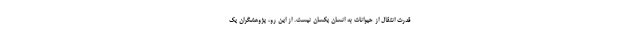
قدرت انتقال از حیوانات به انسان یکسان نیست. از این رو، پژوهشگران یک